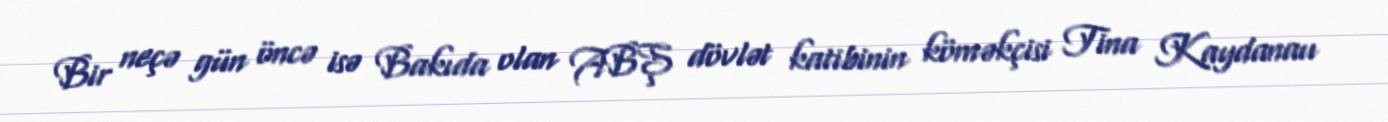
Bir neçə gün öncə isə Bakıda olan ABŞ dövlət katibinin köməkçisi Tina Kaydanau